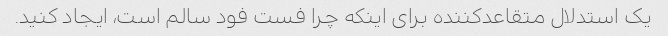
یک استدلال متقاعدکننده برای اینکه چرا فست فود سالم است، ایجاد کنید.